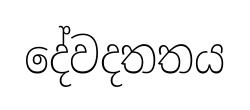
දේවදතතය